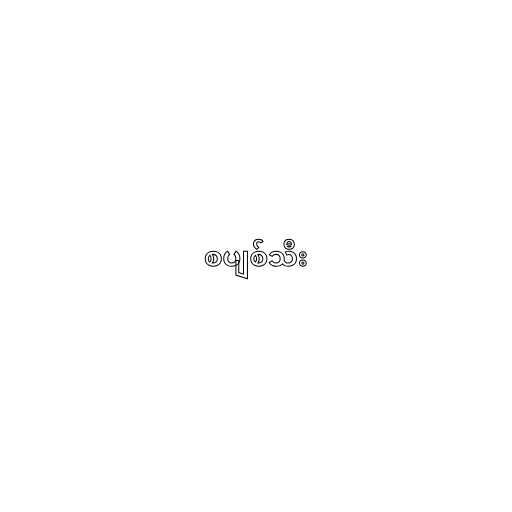
စပျစ်သီး